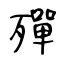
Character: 殫